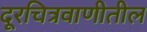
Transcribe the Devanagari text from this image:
दूरचित्रवाणीतील